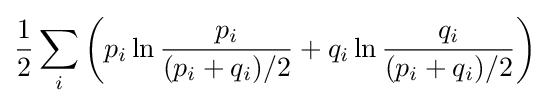
{\frac {1}{2}}\sum _{i}\left(p_{i}\ln {\frac {p_{i}}{(p_{i}+q_{i})/2}}+q_{i}\ln {\frac {q_{i}}{(p_{i}+q_{i})/2}}\right)